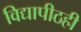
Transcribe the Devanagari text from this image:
विद्यापीठही